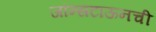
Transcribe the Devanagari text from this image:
जॉन्सटाऊनची